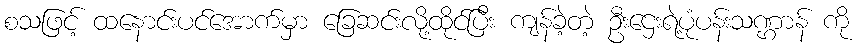
စသဖြင့် ထနောင်းပင်အောက်မှာ ခြေဆင်းလို့ထိုင်ပြီး ကျန်ခဲ့တဲ့ ဦးဌေးရဲ့ပုံပန်းသဏ္ဌာန် ကို